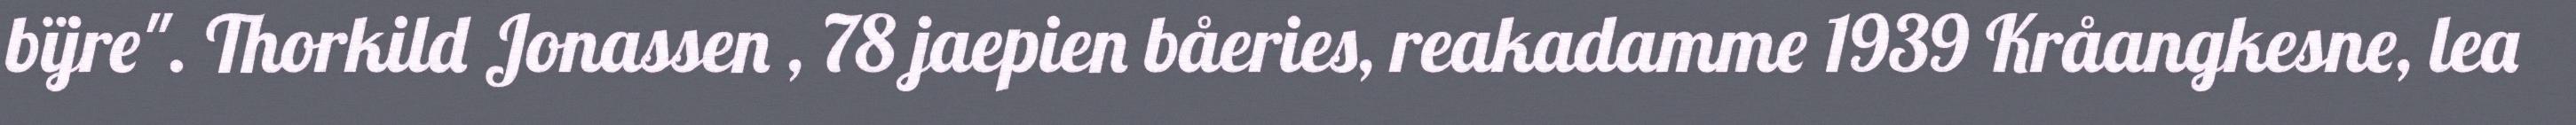
bïjre". Thorkild Jonassen , 78 jaepien båeries, reakadamme 1939 Kråangkesne, lea